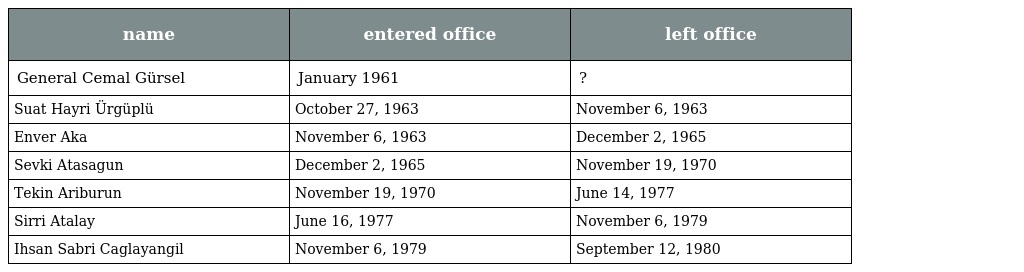
| name | entered office | left office |
 | --- | --- | --- |
 | General Cemal Gürsel | January 1961 | ? |
 | Suat Hayri Ürgüplü | October 27, 1963 | November 6, 1963 |
 | Enver Aka | November 6, 1963 | December 2, 1965 |
 | Sevki Atasagun | December 2, 1965 | November 19, 1970 |
 | Tekin Ariburun | November 19, 1970 | June 14, 1977 |
 | Sirri Atalay | June 16, 1977 | November 6, 1979 |
 | Ihsan Sabri Caglayangil | November 6, 1979 | September 12, 1980 |